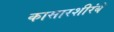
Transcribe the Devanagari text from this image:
कासारशीरंबे